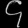
Digit: ၄